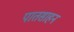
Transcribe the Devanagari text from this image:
पातसाहन